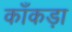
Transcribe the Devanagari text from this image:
काँकड़ा